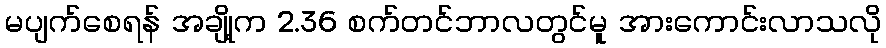
မပျက်စေရန် အချို့က 2.36 စက်တင်ဘာလတွင်မူ အားကောင်းလာသလို